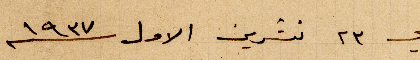
في ٢۳ تشرين الأول ١۹۳۷